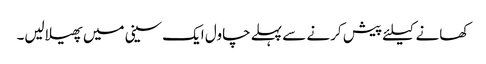
کھانے کیلئے پیش کرنے سے پہلے چاول ایک سینی میں پھیلالیں۔